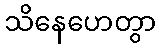
သိနေဟေတွာ